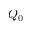
Q _ { 0 }